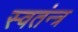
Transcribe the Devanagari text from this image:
स्वतंन्त्र